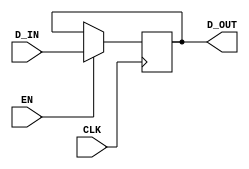
`timescale 1ns / 1ps
module Test1(input CLK, input EN, input D_IN, output reg D_OUT);

    always@(posedge CLK) begin
        if(EN)
            D_OUT <= D_IN;
    end
endmodule